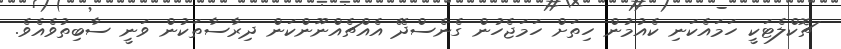
ޗޮކްލެޓަކީ ހަމައެކަނި ކެއުމުން ހިތަށް ހަމަޖެހުން ގެނެސްދޭ އެއްޗެއްނޫންކަން ދިރާސާތަކުން ވަނީ ސާބިތުވެއެވެ.